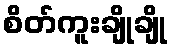
စိတ်ကူးချိုချို